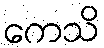
ကေသိ